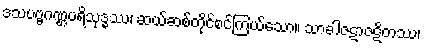
ဒသပဗ္ဗဂဏ္ဌပရိသုဒ္ဓဿ၊ ဆယ်ဆစ်တိုင်စင်ကြယ်သော။ သာခါဇဋာဇဋိတဿ၊